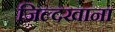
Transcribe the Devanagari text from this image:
जिल्दखाना